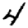
Digit: 4